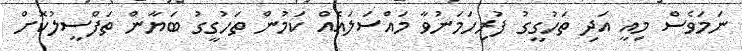
ނަމަވެސް މިއީ އަދި ތަހުގީގު ފުރިހަމަނުވާ މައްސަލައެއް ކަމުން ތަހުގީގު ބަޔާން ތަފްސީލުކޮށް